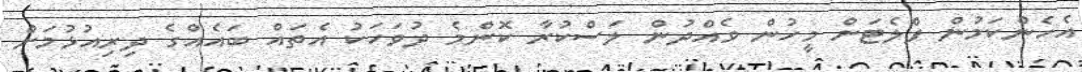
އެހެންކަމުން ފްލެޓަށް މީހުން ވެއްދުން ލަސްކުރާ ކޮންމެ ދުވަހަކު އެތައް ބައެއްގެ ދިރިއުޅުމަށް